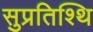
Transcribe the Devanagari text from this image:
सुप्रतिश्थि